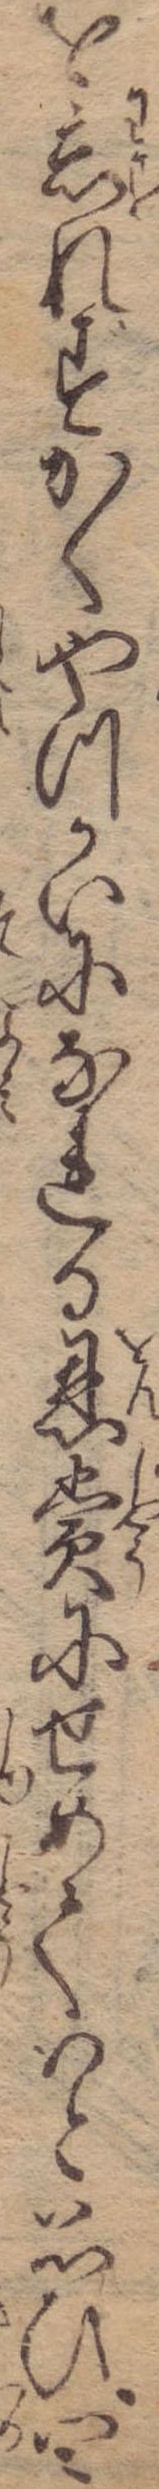
を忘れずかくやつかいになれる恩賞にせめてはと思ひ四